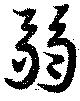
弱